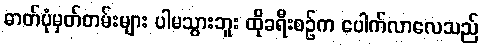
ဓာတ်ပုံမှတ်တမ်းများ ပါမသွားဘူး ထိုခရီးစဉ်က ပေါက်လာလေသည်